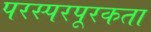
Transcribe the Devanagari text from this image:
परस्परपूरकता